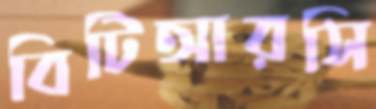
বিটিআরসি